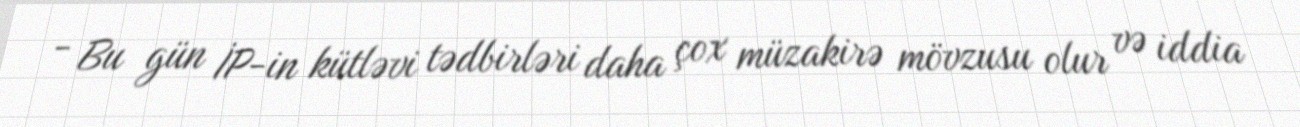
- Bu gün İP-in kütləvi tədbirləri daha çox müzakirə mövzusu olur və iddia